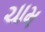
ચામ